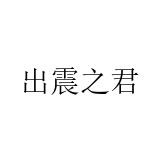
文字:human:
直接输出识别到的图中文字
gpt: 出震之君